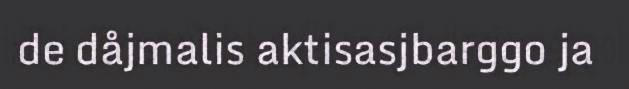
de dåjmalis aktisasjbarggo ja